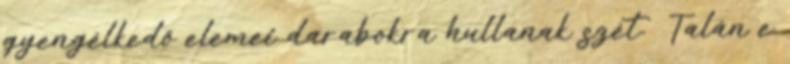
gyengélkedő elemei darabokra hullanak szét. Talán e